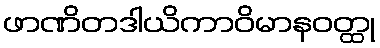
ဖာဏိတဒါယိကာဝိမာနဝတ္ထု